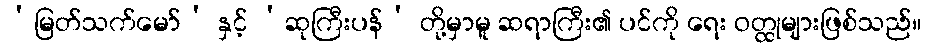
‘မြတ်သက်မော်’ နှင့် ‘ဆုကြီးပန်’ တို့မှာမူ ဆရာကြီး၏ ပင်ကို ရေး ဝတ္ထုများဖြစ်သည်။